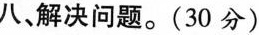
八，解决问题。(30分)